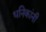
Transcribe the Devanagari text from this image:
धनिकांनी